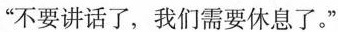
”不要讲话了，我们需要休息了。”